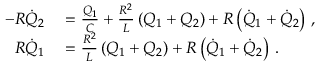
\begin{array} { r l } { - R \dot { Q } _ { 2 } } & { { } = \frac { Q _ { 1 } } { C } + \frac { R ^ { 2 } } { L } \left( Q _ { 1 } + Q _ { 2 } \right) + R \left( \dot { Q } _ { 1 } + \dot { Q } _ { 2 } \right) \, , } \\ { R \dot { Q } _ { 1 } } & { { } = \frac { R ^ { 2 } } { L } \left( Q _ { 1 } + Q _ { 2 } \right) + R \left( \dot { Q } _ { 1 } + \dot { Q } _ { 2 } \right) \, . } \end{array}